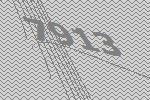
7913